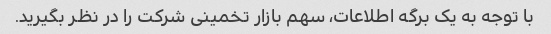
با توجه به یک برگه اطلاعات، سهم بازار تخمینی شرکت را در نظر بگیرید.